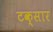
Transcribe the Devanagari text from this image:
टक्सार